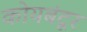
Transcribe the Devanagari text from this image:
कोयबंटूर